Preparation of a safe and efficient antirabic vaccine - Number 44
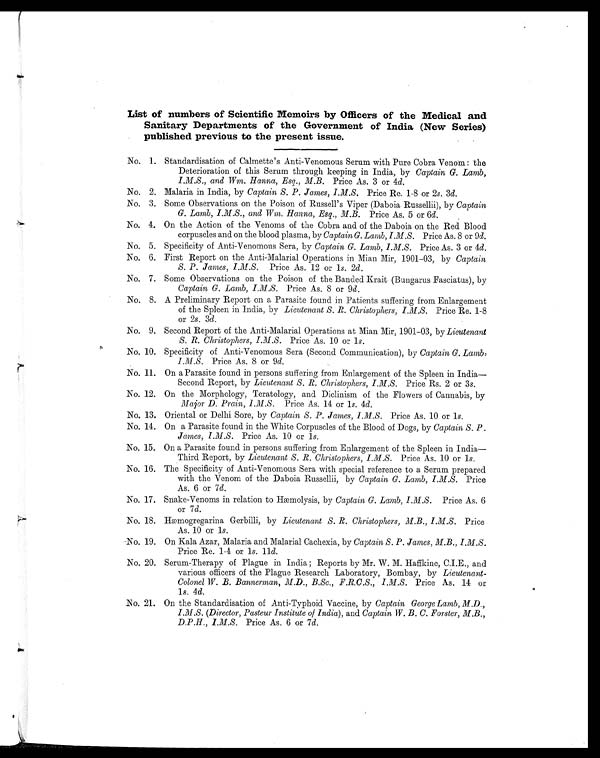
List of numbers of Scientific Memoirs by Officers of the Medical and
Sanitary Departments of the Government of India (New Series)
published previous to the present issue.
No. 1. Standardisation of Calmette's Anti-Venomous Serum with Pure Cobra Venom : the
Deterioration of this Serum through keeping in India, by Captain G. Lamb,
I.M.S., and Wm. Hanna, Esq., M.B. Price As. 3 or 4 d.
No. 2. Malaria in India, by Captain S. P. James, I.M.S. Price Re. 1-8 or 2s . 3d.
No. 3, Some Observations on the Poison of Russell's Viper (Daboia Russellii), by Captain
G. Lamb, I.M.S., and Wm. Hanna, Esq., M.B. Price As. 5 or 6 d .
No. 4. On the Action of the Venoms of the Cobra and of the Daboia on the Red Blood
corpuscles and on the blood plasma, by Captain G. Lamb, I.M.S. Price As. 8 or 9 d .
No. 5. Specificity of Anti-Venomous Sera, by Captain G. Lamb, I.M.S. Price As. 3 or 4d .
No. 6. First Report on the Anti-Malarial Operations in Mian Mir, 1901-03, by Captain
S. P. James, I.M.S. Price As. 12 or 1s. 2d.
No. 7. Some Observations on the Poison of the Banded Krait (Bungarus Fasciatus), by
Captain G. Lamb, I.M.S. Price As. 8 or 9 d .
No. 8. A Preliminary Report on a Parasite found in Patients suffering from Enlargement
of the Spleen in India, by Lieutenant S. R. Christophers, I.M.S. Price Re. 1-8
Or 2s. 3 d.
No. 9. Second Report of the Anti-Malarial Operations at Mian Mir, 1901-03, by Lieutenant
S. R. Christophers, I.M.S. Price As. 10 or 1s.
No. 10. Specificity of Anti-Venomous Sera (Second Communication), by Captain G. Lamb,
I.M.S. Price As. 8 or 9 d .
No. 11. On a Parasite found in persons suffering from Enlargement of the Spleen in India-
Second Report, by Lieutenant S. R. Christophers,I.M.S
Price Rs. 2 or 3 s .
No. 12. On the Morphology, Teratology, and Diclinism of the Flowers of Cannabis, by
Major D. Prain, I.M.S. Price As. 14 or 1s. 4d.
No. 13. Oriental or Delhi Sore, by Captain S. P. James, I.M.S. Price As. 10 or 1s.
No. 14. On a Parasite found in the White Corpuscles of the Blood of Dogs, by Captain S. P .
James, I.M.S. Price As. 10 or 1s.
No. 15. On a Parasite found in persons suffering from Enlargement of the Spleen in India-
Third Report, by Lieutenant S. R. Christophers, I.M.S. Price As. 10 or 1s.
No. 16. The Specificity of Anti-Venomous Sera with special reference to a Serum prepared
with the Venom of the Daboia Russellii, by Captain G. Lamb, I.M.S. Price
As. 6 or 7d.
No. 17. Snake-Venoms in relation to Hæmolysis, by Captain G. Lamb, I.M.S.
Price As. 6
Or 7d.
No. 18. Hæmogregarina Gerbilli, by Lieutenant S. R. Christophers, M.B., I.M.S. Price
As. 10 or 1s.
No. 19. On Kala Azar, Malaria and Malarial Cachexia, by Captain S. P. James, M.B., I.M.S.
Price Re. 1-4 or 1s. 11d .
No. 20. Serum-Therapy of Plague in India ; Reports by Mr. W. M. Haffkine, C.I.E., and
various officers of the Plague Research Laboratory, Bombay, by Lieutenant-
Colonel W. B. Bannerman, M.D., B.Sc., F.R.C.S., I.M.S. Price As. 14 or
1 s. 4 d.
No. 21. On the Standardisation of Anti-Typhoid Vaccine, by Captain George Lamb, M.D.,
I.M.S. (Director, Pasteur Institute of India), and Captain W B. C. Forster, M.B.,
D.P.H., I.M.S. Price As. 6 or 7 d.